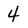
Character: 4